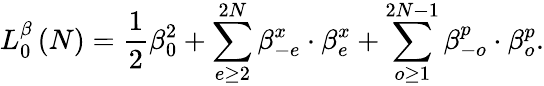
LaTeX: L_{0}^{\beta}\left(N\right)=\frac{1}{2}\beta_{0}^{2}+\sum_{e\geq 2}^{2N}\beta_{-e}^{x}\cdot\beta_{e}^{x}+\sum_{o\geq 1}^{2N-1}\beta_{-o}^{p}\cdot\beta_{o}^{p}.